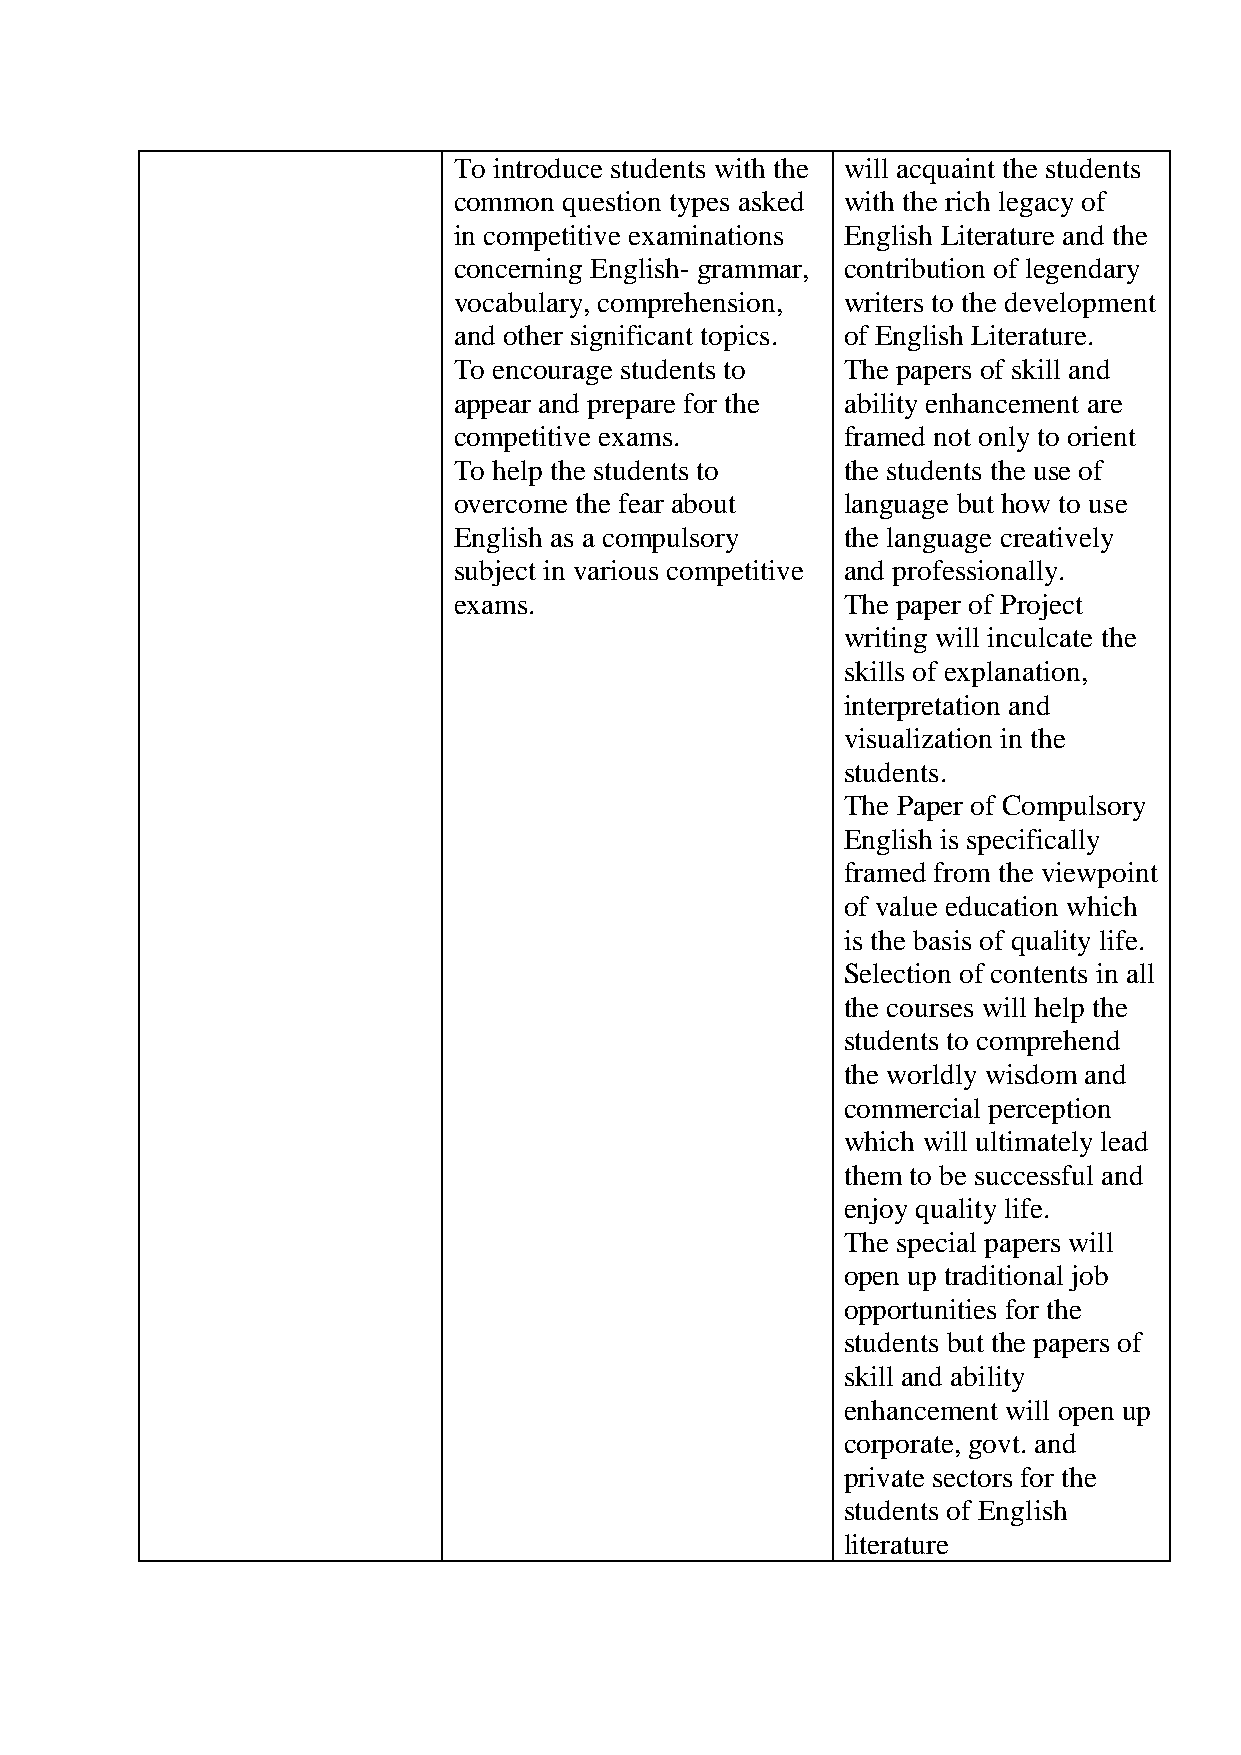
To introduce students with the will acquaint the students
 common question types asked with the rich legacy of
 in competitive examinations English Literature and the
 concerning English- grammar, contribution of legendary
 vocabulary, comprehension, writers to the development
 and other significant topics. of English Literature.
 To encourage students to  The papers of skill and
 appear and prepare for the ability enhancement are
 competitive exams.        framed not only to orient
 To help the students to   the students the use of
 overcome the fear about   language but how to use
 English as a compulsory   the language creatively
 subject in various competitive and professionally.
 exams.                    The paper of Project
 writing will inculcate the
 skills of explanation,
 interpretation and
 visualization in the
 students.
 The Paper of Compulsory
 English is specifically
 framed from the viewpoint
 of value education which
 is the basis of quality life.
 Selection of contents in all
 the courses will help the
 students to comprehend
 the worldly wisdom and
 commercial perception
 which will ultimately lead
 them to be successful and
 enjoy quality life.
 The special papers will
 open up traditional job
 opportunities for the
 students but the papers of
 skill and ability
 enhancement will open up
 corporate, govt. and
 private sectors for the
 students of English
 literature